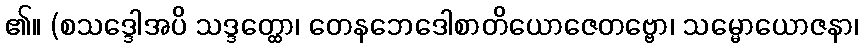
၏။ (စသဒ္ဒေါအပိ သဒ္ဒတ္ထော၊ တေနဘေဒေါစာတိယောဇေတဗ္ဗော၊ သမ္မောယောဇနာ၊